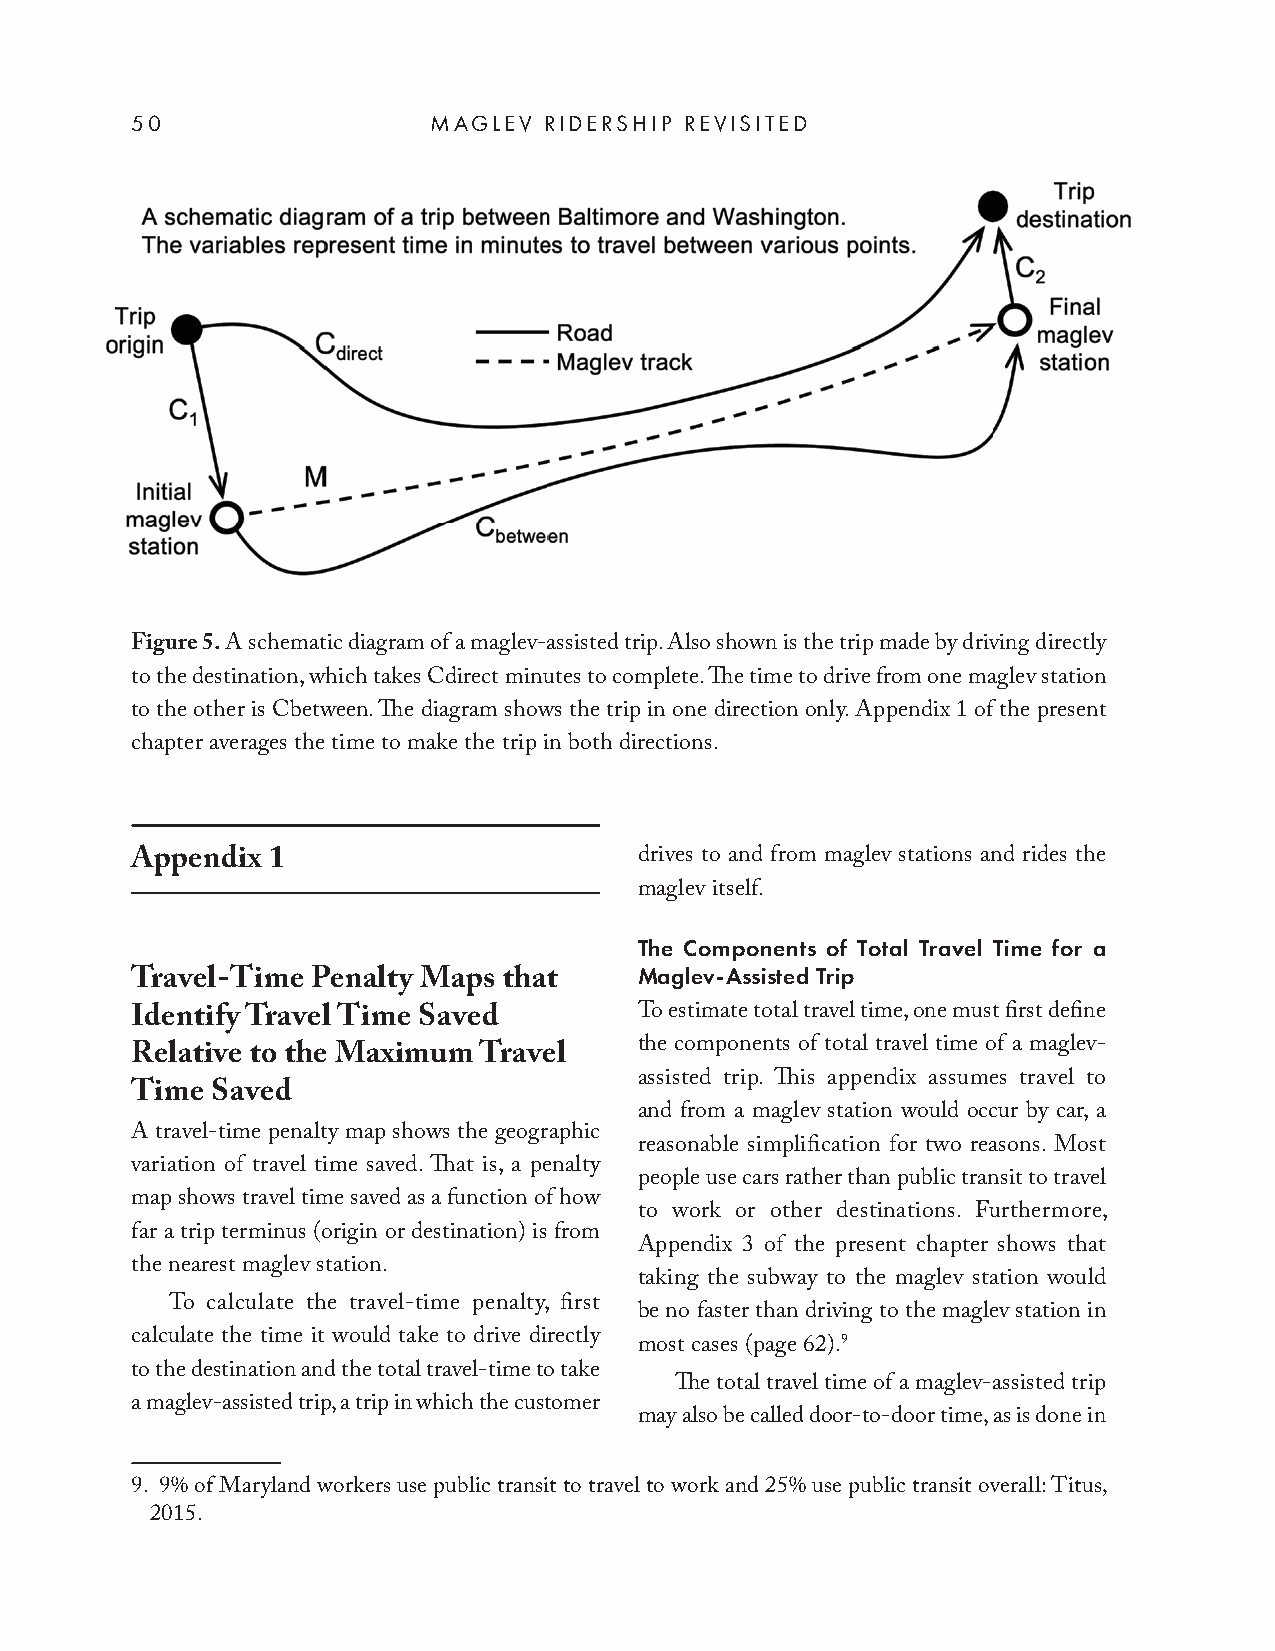
50                 MAGLEV  RIDERSHIP REVISITED
 Figure 5. A schematic diagram of a maglev-assisted trip. Also shown is the trip made by driving directly
 to the destination, which takes Cdirect minutes to complete. Th e time to drive from one maglev station
 to the other is Cbetween. Th e diagram shows the trip in one direction only. Appendix 1 of the present
 chapter averages the time to make the trip in both directions.
 Appendix 1                       drives to and from maglev stations and rides the
 maglev itself.
 The Components of Total Travel Time for a
 Maglev-Assisted Trip
 Travel-Time Penalty Maps that
 Identify Travel Time Saved       To estimate total travel time, one must fi rst defi ne
 the components of total travel time of a maglev-
 Relative to the Maximum Travel
 assisted trip. Th is appendix assumes travel to
 Time Saved
 and from a maglev station would occur by car, a
 A travel-time penalty map shows the geographic
 reasonable simplifi cation for two reasons. Most
 variation of travel time saved. Th at is, a penalty
 people use cars rather than public transit to travel
 map shows travel time saved as a function of how
 to work or other destinations. Furthermore,
 far a trip terminus (origin or destination) is from
 Appendix 3 of the present chapter shows that
 the nearest maglev station.
 taking the subway to the maglev station would
 To calculate the travel-time penalty, fi rst
 be no faster than driving to the maglev station in
 calculate the time it would take to drive directly most cases (page 62).9
 to the destination and the total travel-time to take
 Th e total travel time of a maglev-assisted trip
 a maglev-assisted trip, a trip in which the customer
 may also be called door-to-door time, as is done in
 9. 9% of Maryland workers use public transit to travel to work and 25% use public transit overall: Titus,
 2015.